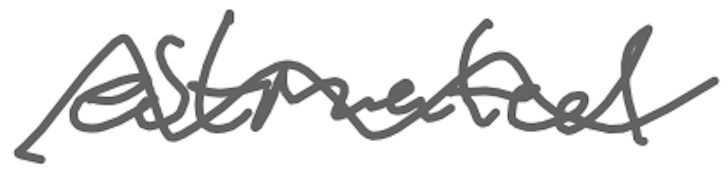
Text: estimated
Cross-out: wave
Writing tool: digital_gray